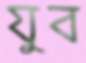
যুব